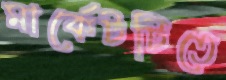
মার্কেটটিতে